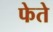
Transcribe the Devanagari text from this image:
फेते